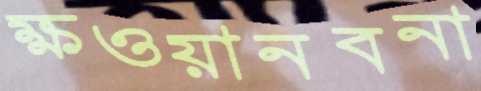
ক্ষওয়ানবনা